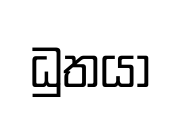
ධුතයා